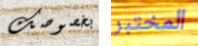
بخصوصك المختبر